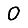
Digit: 0